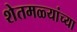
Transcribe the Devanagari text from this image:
शेतमळ्यांच्या